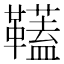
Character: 𩍰